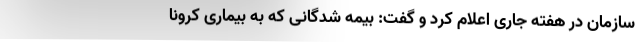
سازمان در هفته جاری اعلام کرد و گفت: بیمه شدگانی که به بیماری کرونا